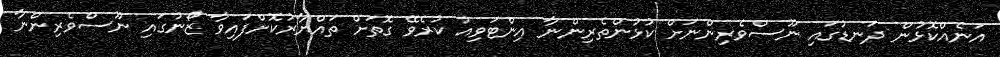
އަނެއްކޮޅުން ދަނޑުގައި ނޫސްވެރިންނަށް ކުޅުންތެރިންނާ އިންޓަވިއު ކުރެވޭ ގޮތަށް ތައްޔާރުކޮށްފައިވާ ޒޯނުގައި ނޫސްވެރިންނާ